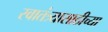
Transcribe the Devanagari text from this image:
स्वातंत्र्यासाठीच्या